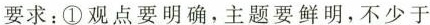
要求：①观点要明确，主题要鲜明，不少于